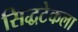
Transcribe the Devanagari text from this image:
सिद्धटेकला